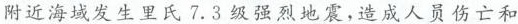
分，由地震应急抢险、医疗救护等专业人员组成的中国